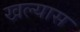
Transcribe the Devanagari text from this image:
खल्यास